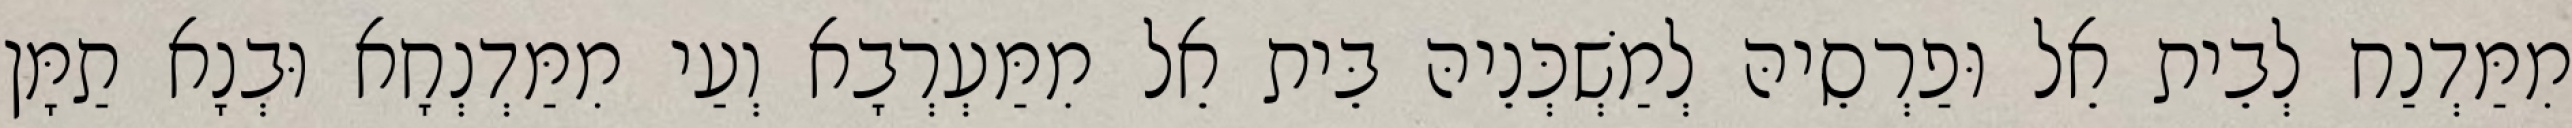
מִמַּדְנַח לְבֵית אֵל וּפַרְסֵיהּ לְמַשְׁכְּנֵיהּ בֵּית אֵל מִמַּעְרְבָא וְעַי מִמַּדְנְחָא וּבְנָא תַמָּן